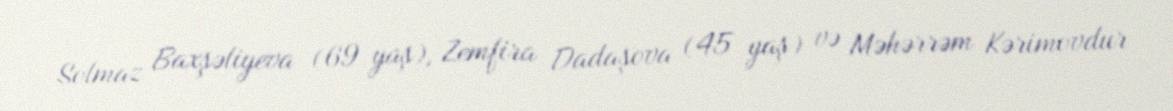
Solmaz Baxşəliyeva (69 yaş), Zemfira Dadaşova (45 yaş) və Məhərrəm Kərimovdur